Annual report of the Punjab Veterinary College and of the Civil Veterinary Department, Punjab - 1926-1932
Year: 1926
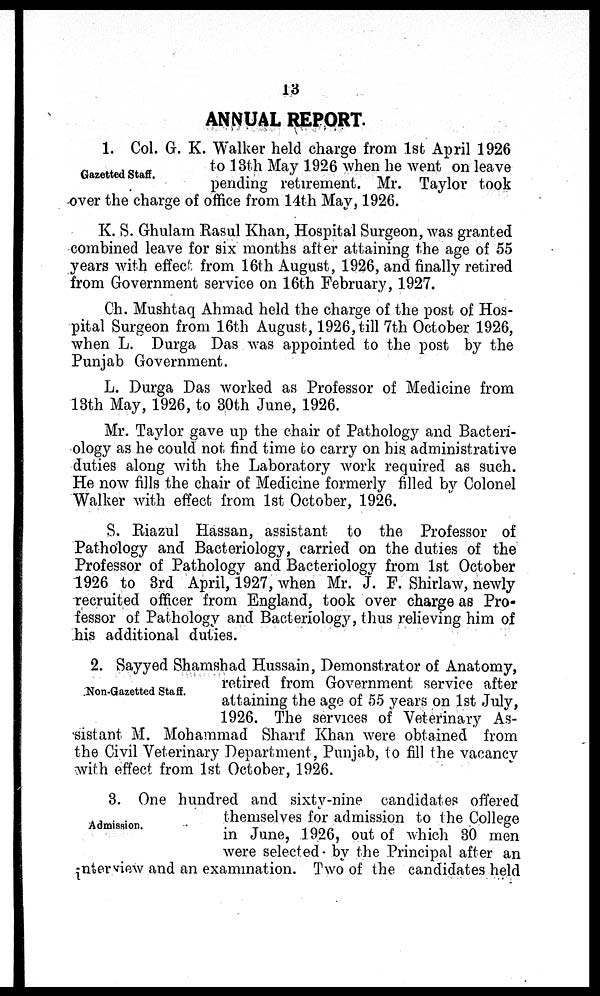
13
ANNUAL REPORT.
Gazetted Staff.
1. Col. G. K. Walker held charge from 1st April 1926
to 13th May 1926 when he went on leave
pending retirement. Mr. Taylor took
over the charge of office from 14th May, 1926.
K. S. Ghulam Rasul Khan, Hospital Surgeon, was granted
combined leave for six months after attaining the age of 55
years with effect from 16th August, 1926, and finally retired
from Government service on 16th February, 1927.
Ch. Mushtaq Ahmad held the charge of the post of Hos-
pital Surgeon from 16th August, 1926, till 7th October 1926,
when L. Durga Das was appointed to the post by the
Punjab Government.
L. Durga Das worked as Professor of Medicine from
13th May, 1926, to 30th June, 1926.
Mr. Taylor gave up the chair of Pathology and Bacteri-
ology as he could not find time to carry on his. administrative
duties along with the Laboratory work required as such.
He now fills the chair of Medicine formerly filled by Colonel
Walker with effect from 1st October, 1926.
S. Riazul Hassan, assistant to the Professor of
Pathology and Bacteriology, carried on the duties of the
Professor of Pathology and Bacteriology from 1st October
1926 to 3rd April, 1927, when Mr. J. F. Shirlaw, newly
recruited officer from England, took over charge as Pro-
fessor of Pathology and Bacteriology, thus relieving him of
his additional duties.
Non-Gazetted Staff.
2. Sayyed Shamshad Hussain, Demonstrator of Anatomy,
retired from Government service after
attaining the age of 55 years on 1st July,
1926. The services of Veterinary As-
sistant M. Mohammad Sharif Khan were obtained from
the Civil Veterinary Department, Punjab, to fill the vacancy
-with effect from 1st October, 1926.
Admission.
3. One hundred and sixty-nine candidates offered
themselves for admission to the College
in June, 1926, out of which 30 men
were selected by the Principal after an
interview and an examination. Two of the candidates held